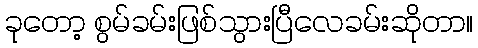
ခုတော့ စွမ်ခမ်းဖြစ်သွားပြီလေခမ်းဆိုတာ။